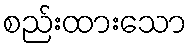
စည်းထားသော